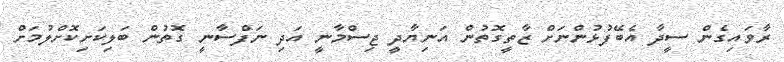
ރާވައިގެން ސީދާ އެބޭފުޅުންނަށް ޒާތީގޮތުން އަނިޔާދީ ޖިސްމާނީ އަދި ނަފްސާނީ ގޮތުން ބަލިކަށިކޮށްލުމަށް